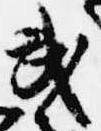
武